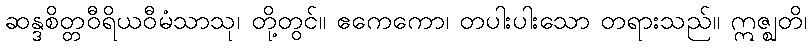
ဆန္ဒစိတ္တဝီရိယဝီမံသာသု၊ တို့တွင်။ ဧကေကော၊ တပါးပါးသော တရားသည်။ ဣဇ္ဈတိ၊